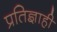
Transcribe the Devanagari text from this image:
प्रतिज्ञाही